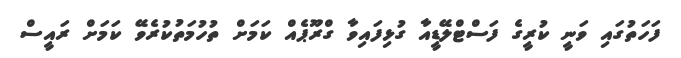
ފަހަތުގައި ވަނީ ކުރީގެ ފަސްޓްލޭޑީއާ ގުޅިފައިވާ ގްރޫޕެއް ކަމަށް ތުހުމަތުކުރެވޭ ކަމަށް ރައީސް